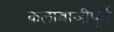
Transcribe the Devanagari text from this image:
कलाबाजीपूर्ण